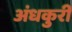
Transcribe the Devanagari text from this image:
अंधकुरी